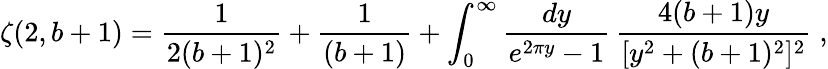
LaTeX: \zeta(2,b+1)=\frac{1}{2(b+1)^{2}}+\frac{1}{(b+1)}+\int_{0}^{\infty}\frac{dy}{e^{2\pi y}-1}\, \frac{4(b+1)y}{[y^{2}+(b+1)^{2}]^{2}}\; ,